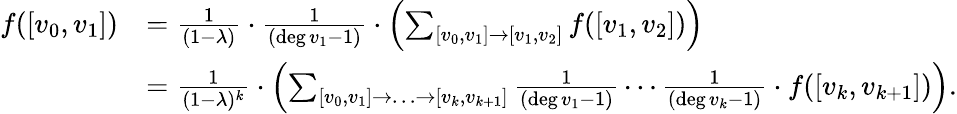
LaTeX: \begin{array}{rl}{f([v_{0},v_{1}])}&{=\frac{1}{(1-\lambda)}\cdot\frac{1}{(\deg v_{1}-1)}\cdot\left(\sum_{[v_{0},v_{1}]\rightarrow[v_{1},v_{2}]}f([v_{1},v_{2}])\right)}\\ &{=\frac{1}{(1-\lambda)^{k}}\cdot\left(\sum_{[v_{0},v_{1}]\rightarrow\ldots\rightarrow[v_{k},v_{k+1}]}\frac{1}{(\deg v_{1}-1)}\cdots\frac{1}{(\deg v_{k}-1)}\cdot f([v_{k},v_{k+1}])\right).}\end{array}